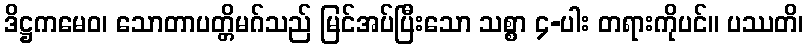
ဒိဋ္ဌကမေဝ၊ သောတာပတ္တိမဂ်သည် မြင်အပ်ပြီးသော သစ္စာ ၄-ပါး တရားကိုပင်။ ပဿတိ၊